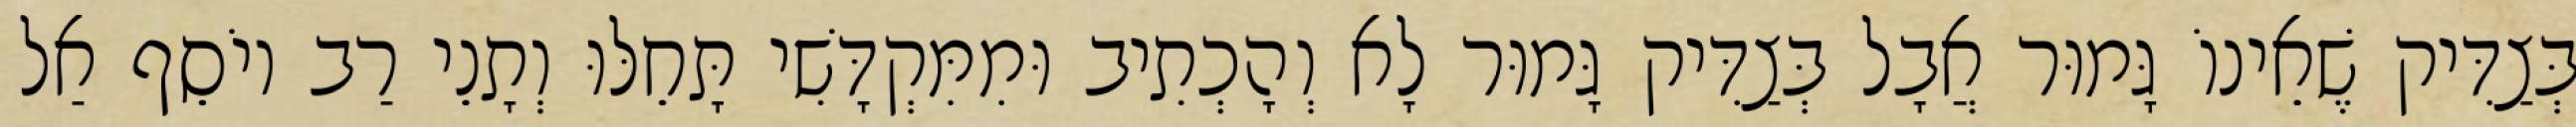
בְּצַדִּיק שֶׁאֵינוֹ גָּמוּר אֲבָל בְּצַדִּיק גָּמוּר לָא וְהָכְתִיב וּמִמִּקְדָּשִׁי תָּחֵלּוּ וְתָנֵי רַב יוֹסֵף אַל